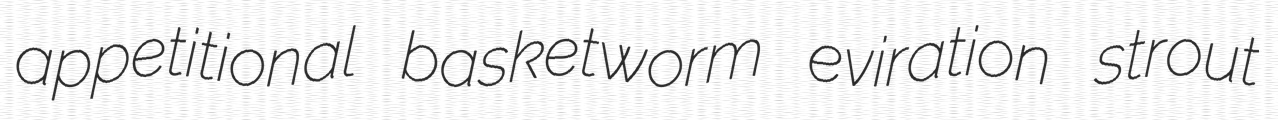
appetitional basketworm eviration strout